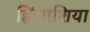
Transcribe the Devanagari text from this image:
हिंदएशिया